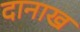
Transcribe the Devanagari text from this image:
दानाख